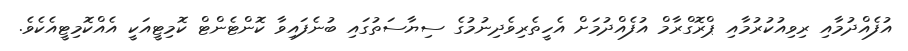
އުފެއްދުމާއި ރިވިއުކުރުމާއި ޕްރޮގްރާމް އުފެއްދުމަށް އެހީތެރިވެދިނުމުގެ ސިޔާސަތުގައި ބުނެފައިވާ ކޮންޓެންޓް ކޮމިޓީއަކީ އެއްކޮމިޓީއެކެވެ.